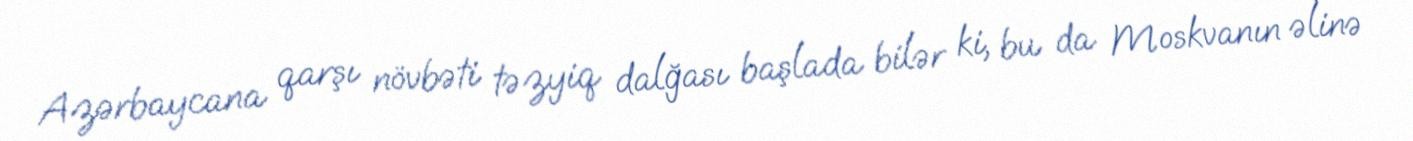
Azərbaycana qarşı növbəti təzyiq dalğası başlada bilər ki, bu da Moskvanın əlinə